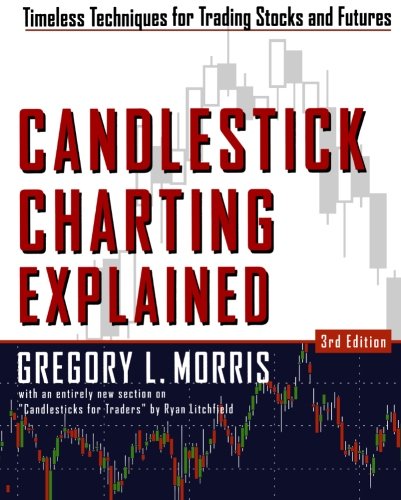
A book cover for Candlestick Charting Explained: Timeless Techniques for Trading Stocks and Futures; Gregory L. Morris; Business & Money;